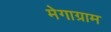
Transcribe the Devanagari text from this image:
मेगाग्राम